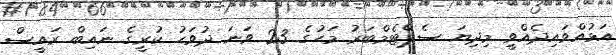
އަޅުއްވައިދެއްވީ މިދިޔަ ސެޕްޓެމްބަރު މަހުގެ 23 ވަނަ ދުވަހު ކުރީގެ ނައިބް ރައީސް